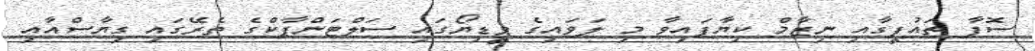
ސޮފާ ތައުފީގާއި ނިޒާމް ކިޔާފައިވާ މި ލަވައިގެ ވީިޑިޔޯގައި ސަލްޓަންޕާކްގެ ތެރޭގައި ގިޔާސްއާއި